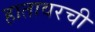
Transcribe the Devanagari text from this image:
हातावरची